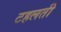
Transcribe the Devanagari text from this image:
टहलती